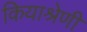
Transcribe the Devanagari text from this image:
कियाश्रेणी